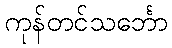
ကုန်တင်သင်္ဘော